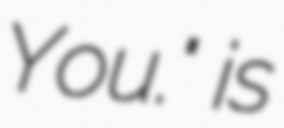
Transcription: You." is